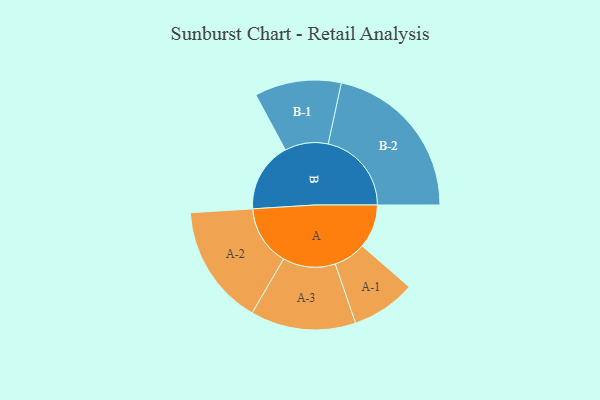
{"axis": {"x": "Segment", "y": "Value"}, "legend": ["", "A", "B"], "data": [{"x": "A", "y": 150, "type": ""}, {"x": "B", "y": 239, "type": ""}, {"x": "A-1", "y": 110, "type": "A"}, {"x": "A-2", "y": 206, "type": "A"}, {"x": "A-3", "y": 180, "type": "A"}, {"x": "B-1", "y": 148, "type": "B"}, {"x": "B-2", "y": 285, "type": "B"}]}